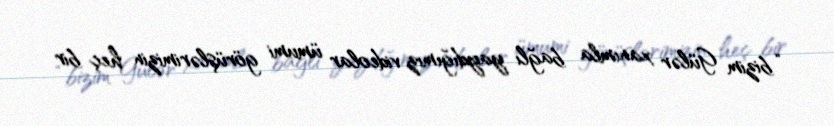
“bizim Gülər xanımla bağlı yaydığımız videolar ümumi görüşlərimizin heç bir